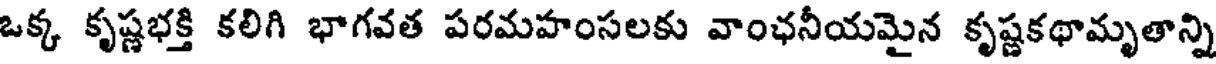
ఒక్క కృష్ణభక్తి కలిగి భాగవత పరమహంసలకు వాంఛనీయమైన కృష్ణకథామృతాన్ని